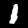
Label: 1